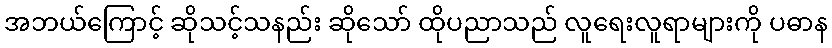
အဘယ်ကြောင့် ဆိုသင့်သနည်း ဆိုသော် ထိုပညာသည် လူရေးလူရာများကို ပဓာန